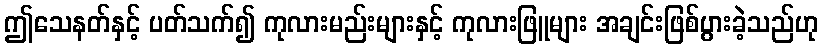
ဤသေနတ်နှင့် ပတ်သက်၍ ကုလားမည်းများနှင့် ကုလားဖြူများ အချင်းဖြစ်ပွားခဲ့သည်ဟု